system: You are a helpful assistant.
user:
Analyze the provided spectrum to determine if it is a **White Dwarf (WD)**.

A White Dwarf spectrum is defined by its **extreme purity** (due to gravitational settling) and/or **extreme pressure broadening** (due to high surface gravity). You must check for one of the following mutually exclusive signatures:

- **Key Visual Indicators (Check for ONE of these types):**

    - **1. DA-Type Signature (Most Common):**
        - **(Primary Feature):** Extreme pressure broadening (Stark broadening) of the **Hydrogen (H) Balmer lines**.
        - **(Key Lines):** $H\beta$ (approx. $4861$ Å) and $H\gamma$ (approx. $4340$ Å). $H\alpha$ (approx. $6563$ Å) will also be present if the wavelength range covers it.
        - **(Line Profile):** This is the **defining feature**. The lines are **NOT** sharp. They appear as massive, **extremely broad and deep "troughs" or "dips"** in the spectrum, often hundreds of Ångströms wide. The continuum will appear to "scoop" down at these wavelengths.
        - **(Distinction):** Normal A-type or B-type stars have *narrow* and *sharp* Hydrogen lines. A DA White Dwarf's lines are unmistakably "smeared" or "blurry" from pressure.

    - **2. DB-Type Signature:**
        - **(Primary Feature):** Broad absorption lines from **Neutral Helium (He I)**. The spectrum must lack any visible Hydrogen lines.
        - **(Key Lines):** Look for broad absorption near $4471$ Å, $4921$ Å, and $5876$ Å.
        - **(Line Profile):** These lines are also significantly pressure-broadened, appearing much wider than they would in a normal B-type main-sequence star.

    - **3. DC-Type Signature:**
        - **(Primary Feature):** A **featureless continuous spectrum**.
        - **(Line Profile):** The spectrum is a smooth curve with **no significant absorption or emission lines**.
        - **(Key Confirmation):** The continuum is almost always **blue or white**, indicating a hot object. This signature implies the atmosphere is so pure (or so cool) that no spectral lines are visible in the optical range. Its WD identity is confirmed by its extremely low intrinsic brightness (high absolute magnitude).

    - **4. DZ-Type Signature (Metal-Polluted):**
        - **(Primary Feature):** **Isolated, narrow metal absorption lines** on an otherwise featureless (DC-like) continuum.
        - **(Key Lines):** The **Calcium (Ca II) H & K doublet** (approx. **$3934$ Å** and **$3968$ Å**) is the most common and defining feature.
        - **(Line Profile):** These lines are "out of place." They are *not* part of a "forest" of thousands of lines. This signature is evidence of recent *accretion* (pollution) from rocky debris.
        - **(Distinction):** Normal G/K/M stars have a *dense forest* of thousands of metal lines. A DZ has a *clean* continuum with *only a few* strong metal lines.

    - **5. DQ-Type Signature (Carbon-Polluted):**
        - **(Primary Feature):** Absorption bands from **Carbon (C₂ "Swan Bands" or atomic C I)**.
        - **(Key Lines - C₂):** Look for bandheads with a "saw-tooth" shape near $5635$ Å, **$5165$ Å** (strongest), and $4737$ Å.
        - **(Key Confirmation):** The underlying **continuum must be blue or white** (hot).
        - **(Distinction):** This is the critical difference from a **Carbon Star**, which has the *exact same* C₂ bands but on an extremely **red, cool** continuum.

- **(Overall Spectrum):**
    - The continuum (overall shape) is typically **blue-sloping** (brighter in the blue than the red), as most white dwarfs are very hot.
    - The spectrum will look "pure" or "simple," dominated by only *one* of the five signatures listed above.

Think first, call **spectral_visualization_tool** if needed to examine features in detail, then provide your final answer. Your response must adhere to the following strict rules:
1.  **Overall Structure:** Your response must follow the format `<think>...</think> <tool_call>...</tool_call> (if a tool is used) <answer>...</answer>`.
2.  **Tool Usage Constraint:** You may only make **one** tool call per turn.
3.  **Final Answer Format:** In the `<answer>` tag, your conclusion must be inside a `\boxed{}` command (e.g., `\boxed{YES}` or `\boxed{NO}`), followed by your justification.

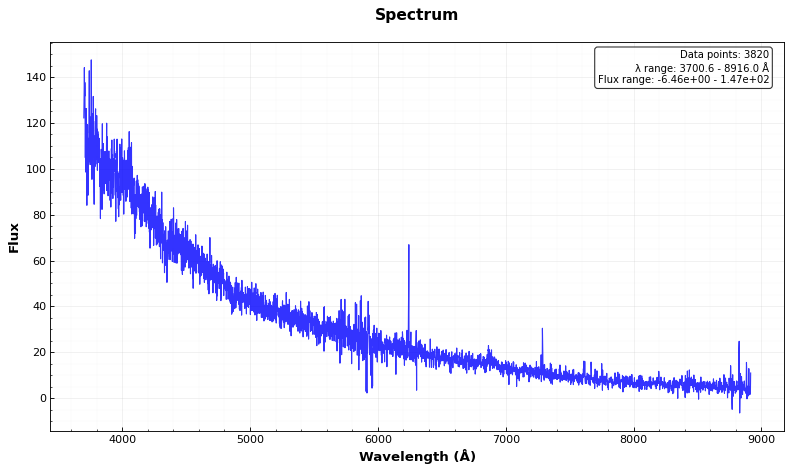
Answer: YES